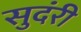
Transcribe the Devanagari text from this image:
सुदंरी